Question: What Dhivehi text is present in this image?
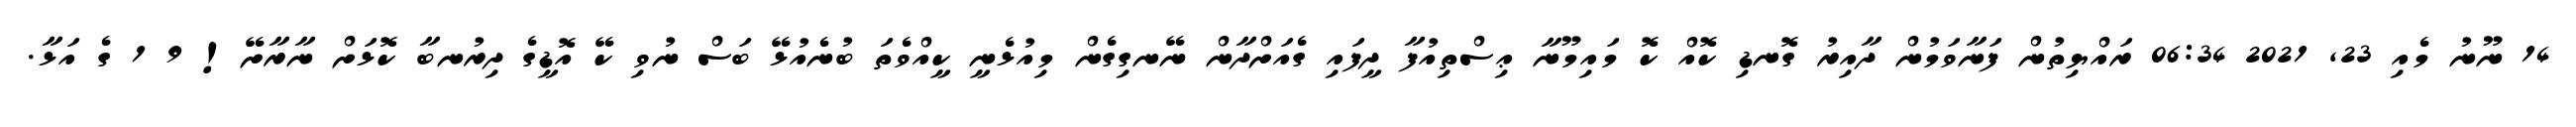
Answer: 14 ނޫނު މެއި 23, 2021 06:34 ރައްޔިތުން ފަނާވަމުން ދާއިރު ގޮނޑި ކޮއް ކޮ މައިމޫނާ ޢިސްތިއުފާ ދީފައި ގެއަށްދާން ނޭނގިގެން މިއުޅެނީ ކީއްވެތަ ބުނެއުޅޭ ބަސް ނުވި ކޭ އޮޑީގެ ދިރުނބާ ކޮޅަށް ނާރާށޭ! 9 1 ގެ އަޅާ.